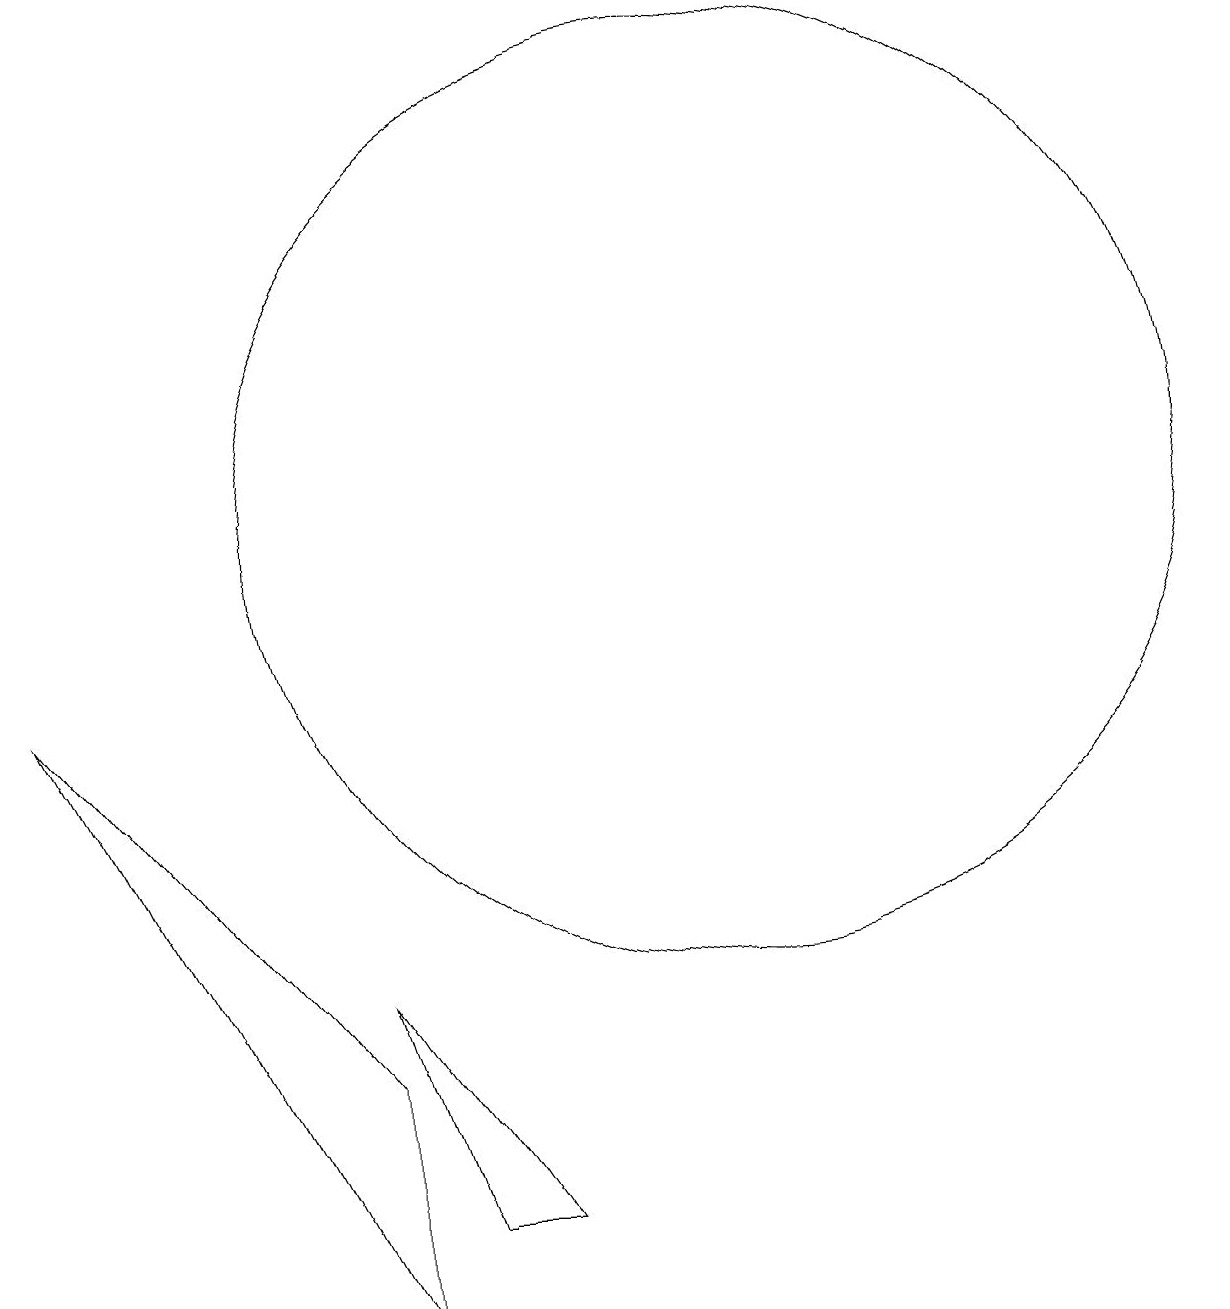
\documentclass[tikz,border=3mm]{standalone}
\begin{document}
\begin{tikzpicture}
\draw (3,8) -- (7,3) -- (7,0) -- cycle;
\draw (7,4) -- (9,1) -- (8,1) -- cycle;
\draw (12,10) circle (6);
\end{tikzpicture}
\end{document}